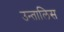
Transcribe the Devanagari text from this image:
उन्तालिस